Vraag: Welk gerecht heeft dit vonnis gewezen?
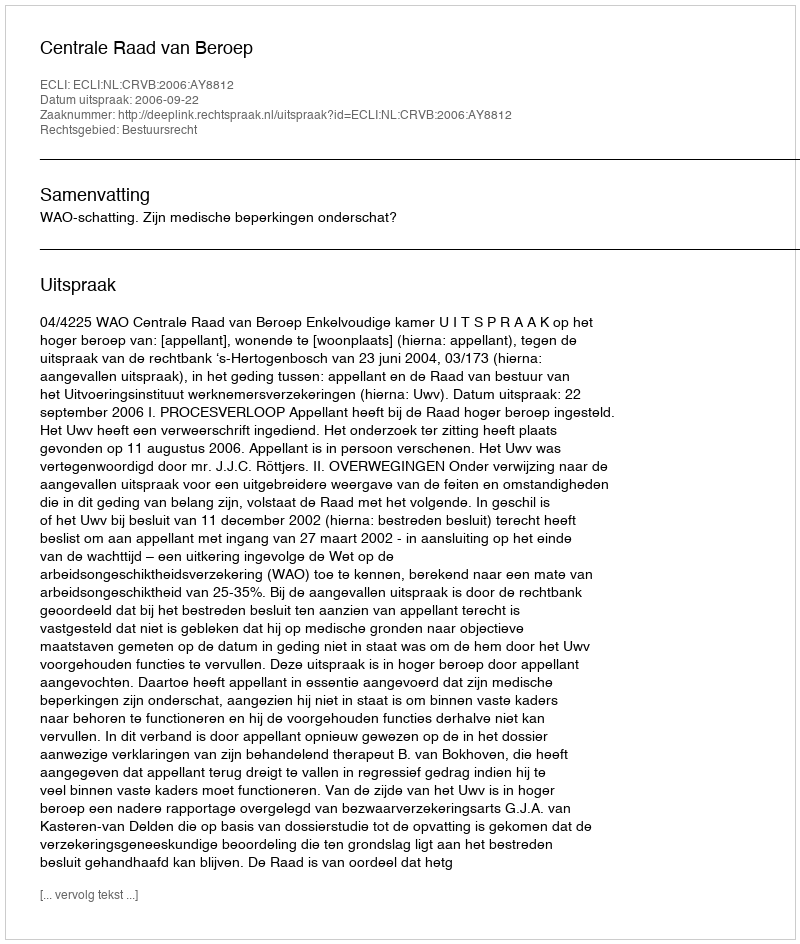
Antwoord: Centrale Raad van Beroep